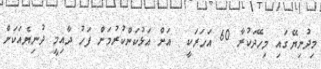
މިދުނިޔޭގައި މިހޭދަކުރާ 60 އަހަރަކީ  އަށް އަޅުކަންކުރުމަށް ފަހު ދާއިމީ ދުނިޔެއަކަށް